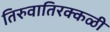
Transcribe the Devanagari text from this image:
तिरुवातिरक्कळी